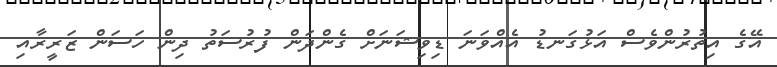
އޭގެ އިތުރުންވެސް އަޅުގަނޑު އެއްވަނަ ޑިވިޝަނަށް ގެންދަން ފުރުސަތު ދިން ހަސަން ޒަރީރާއި